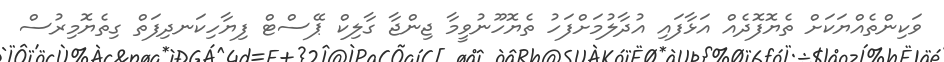
ވަކިންތެއްޔަކަށް ތެޔޮފޮދެއް އަޅާފައި އުދާލުމަށްފަހު ތެޔޮހޫނުވީމާ ޖިންޖާ ގާލިކް ޕޭސްޓް ފިޔާހިކަނދިފަތް ގިތެޔޮމިރުސް